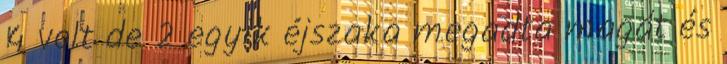
4 volt de 2 egyik éjszaka megadta magát és